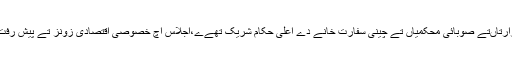
اجلاس اچ وفاقی وزارتاںتے صوبائی محکمیاں تے چینی سفارت خانے دے اعلیٰ حکام شریک تھےے،اجلاس اچ خصوصی اقتصادی زونز تے پیش رفت دا جائزہ گھد اگئیا۔